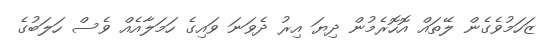
ޒަހަމުވެގެން ލޭތައް އޮހޮރެމުން ދިޔަ އިރު ދެވަނަ ވައިގެ ހަމަލާއެއް ވެސް ހަލަބުގެ